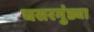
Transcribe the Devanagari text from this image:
घसरगुंड्या